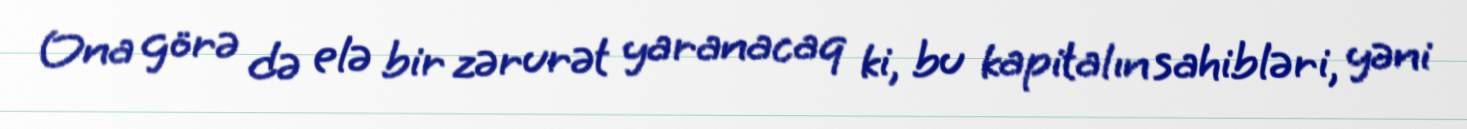
Ona görə də elə bir zərurət yaranacaq ki, bu kapitalın sahibləri, yəni